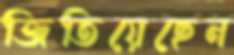
জিতিয়েছেন